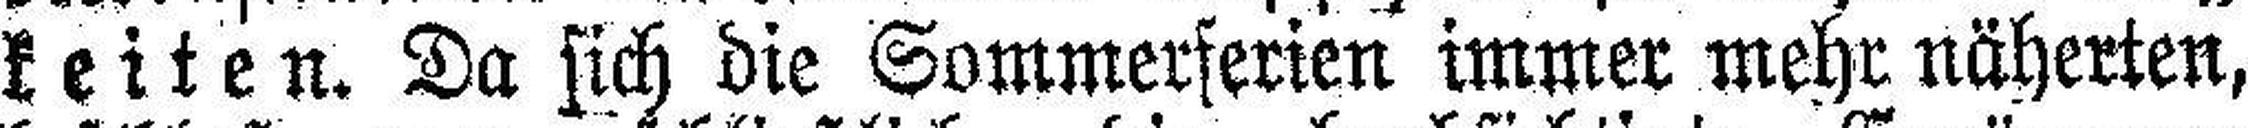
keiten. Da sich die Sommerferien immer mehr näherten,